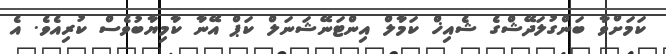
ކަމަށްވާ ބަންގުލަދޭޝްގެ ޝެއިޚް ކަމާލް އިންޓަނޭޝަނަލް ކަޕް އޭނާ ކާމިޔާބުވެސް ކުރިއެވެ. އެ